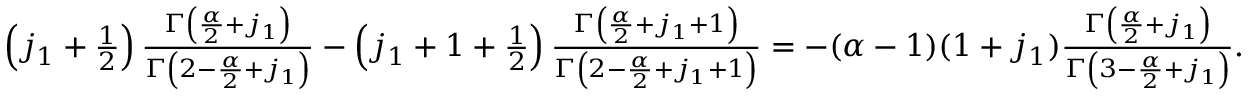
\begin{array} { r } { \left( j _ { 1 } + \frac 1 2 \right) \frac { \Gamma \left( \frac { \alpha } { 2 } + j _ { 1 } \right) } { \Gamma \left( 2 - \frac { \alpha } { 2 } + j _ { 1 } \right) } - \left( j _ { 1 } + 1 + \frac 1 2 \right) \frac { \Gamma \left( \frac { \alpha } { 2 } + j _ { 1 } + 1 \right) } { \Gamma \left( 2 - \frac { \alpha } { 2 } + j _ { 1 } + 1 \right) } = - ( \alpha - 1 ) ( 1 + j _ { 1 } ) \frac { \Gamma \left( \frac { \alpha } { 2 } + j _ { 1 } \right) } { \Gamma \left( 3 - \frac { \alpha } { 2 } + j _ { 1 } \right) } . } \end{array}